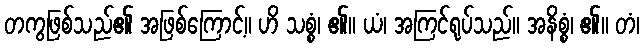
တကွဖြစ်သည်၏ အဖြစ်ကြောင့်။ ဟိ သစ္စံ၊ ၏။ ယံ၊ အကြင်ရုပ်သည်။ အနိစ္စံ၊ ၏။ တံ၊